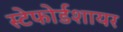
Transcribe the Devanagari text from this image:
स्टेफोर्डशायर